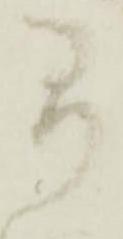
間